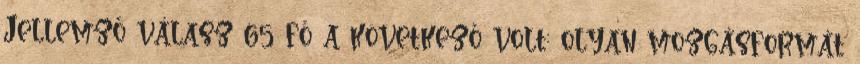
Jellemző válasz 65 fő a következő volt: olyan mozgásformát